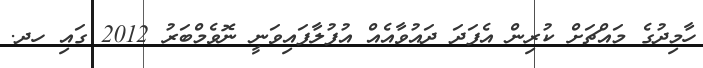
ހާމިދުގެ މައްޗަށް ކުރިން އެފަދަ ދައުވާއެއް އުފުލާފައިވަނީ ނޮވެމްބަރު 2012 ގައި ހދ.